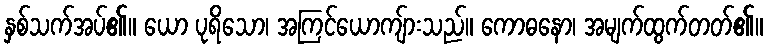
နှစ်သက်အပ်၏။ ယော ပုရိသော၊ အကြင်ယောကျ်ားသည်။ ကောဓနော၊ အမျက်ထွက်တတ်၏။